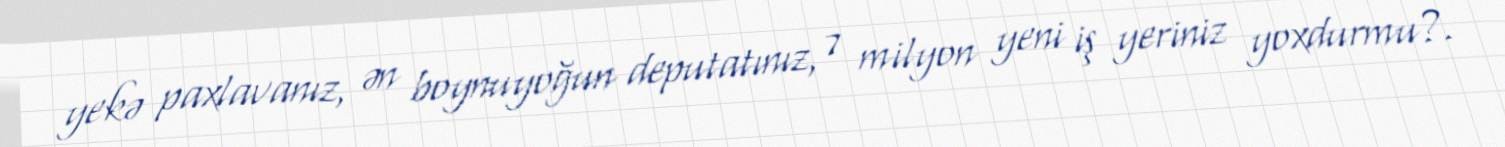
yekə paxlavanız, ən boynuyoğun deputatınız, 7 milyon yeni iş yeriniz yoxdurmu?.